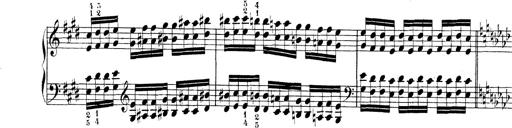
Title: Technische Studien
Composer: Franz Liszt